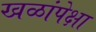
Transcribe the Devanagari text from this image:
खळांपेक्षा